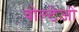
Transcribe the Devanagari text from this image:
वोल्टेजों